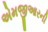
એમજીઆરની